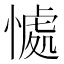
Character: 𭞚